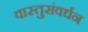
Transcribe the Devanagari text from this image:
वास्तुसंवर्धन